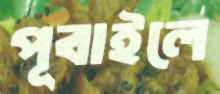
পূবাইলে